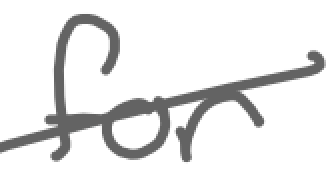
Text: for
Cross-out: diagonal
Writing tool: digital_gray